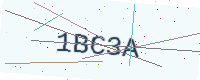
Text: 1BC3A